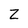
Character: Z